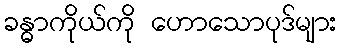
ခန္ဓာကိုယ်ကို ဟောသောပုဒ်များ